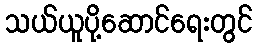
သယ်ယူပို့ဆောင်ရေးတွင်